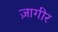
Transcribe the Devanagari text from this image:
ज़ागीर